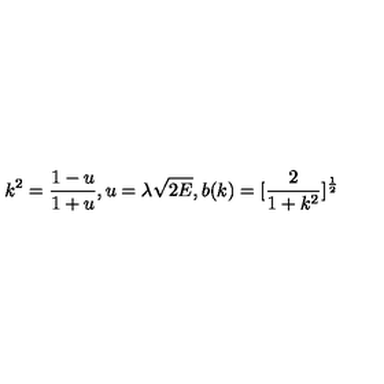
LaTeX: k ^ { 2 } = \frac { 1 - u } { 1 + u } , u = \lambda \sqrt { 2 E } , b ( k ) = [ \frac { 2 } { 1 + k ^ { 2 } } ] ^ { \frac { 1 } { 2 } }